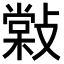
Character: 𢿧